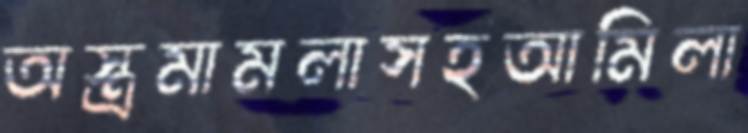
অস্ত্রমামলাসহআমিলা